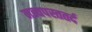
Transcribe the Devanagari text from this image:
मन्वपस्ततर्द